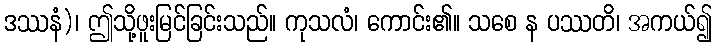
ဒဿနံ)၊ ဤသို့ဖူးမြင်ခြင်းသည်။ ကုသလံ၊ ကောင်း၏။ သစေ န ပဿတိ၊ အကယ်၍